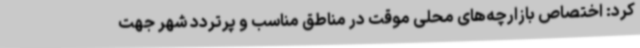
کرد: اختصاص بازارچه‌های محلی موقت در مناطق مناسب و پرتردد شهر جهت